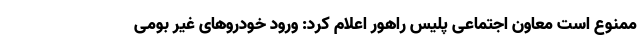
ممنوع است معاون اجتماعی پلیس راهور اعلام کرد: ورود خودروهای غیر بومی